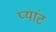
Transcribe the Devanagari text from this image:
प्यांट